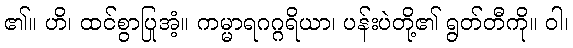
၏။ ဟိ၊ ထင်စွာပြုအံ့။ ကမ္မာရဂဂ္ဂရိယာ၊ ပန်းပဲတို့၏ ရွတ်တီကို။ ဝါ၊